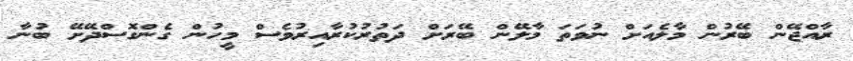
ރާއްޖޭން ބޭރުން މާލެއަށް ނުވަތަ މާލޭން ބޭރަށް ދަތުރުކުރާއިރުވެސް މީހުން ގެންގޮސްދޭށޭ ބުނާ